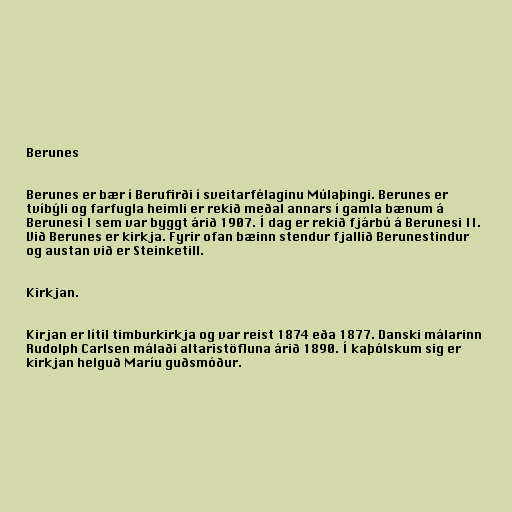
Berunes

Berunes er bær í Berufirði í sveitarfélaginu Múlaþingi. Berunes er
tvíbýli og farfugla heimli er rekið meðal annars í gamla bænum á
Berunesi I sem var byggt árið 1907. Í dag er rekið fjárbú á Berunesi II.
Við Berunes er kirkja. Fyrir ofan bæinn stendur fjallið Berunestindur
og austan við er Steinketill.

Kirkjan.

Kirjan er lítil timburkirkja og var reist 1874 eða 1877. Danski málarinn
Rudolph Carlsen málaði altaristöfluna árið 1890. Í kaþólskum sig er
kirkjan helguð Maríu guðsmóður.